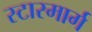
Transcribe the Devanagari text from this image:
स्टारमार्ग